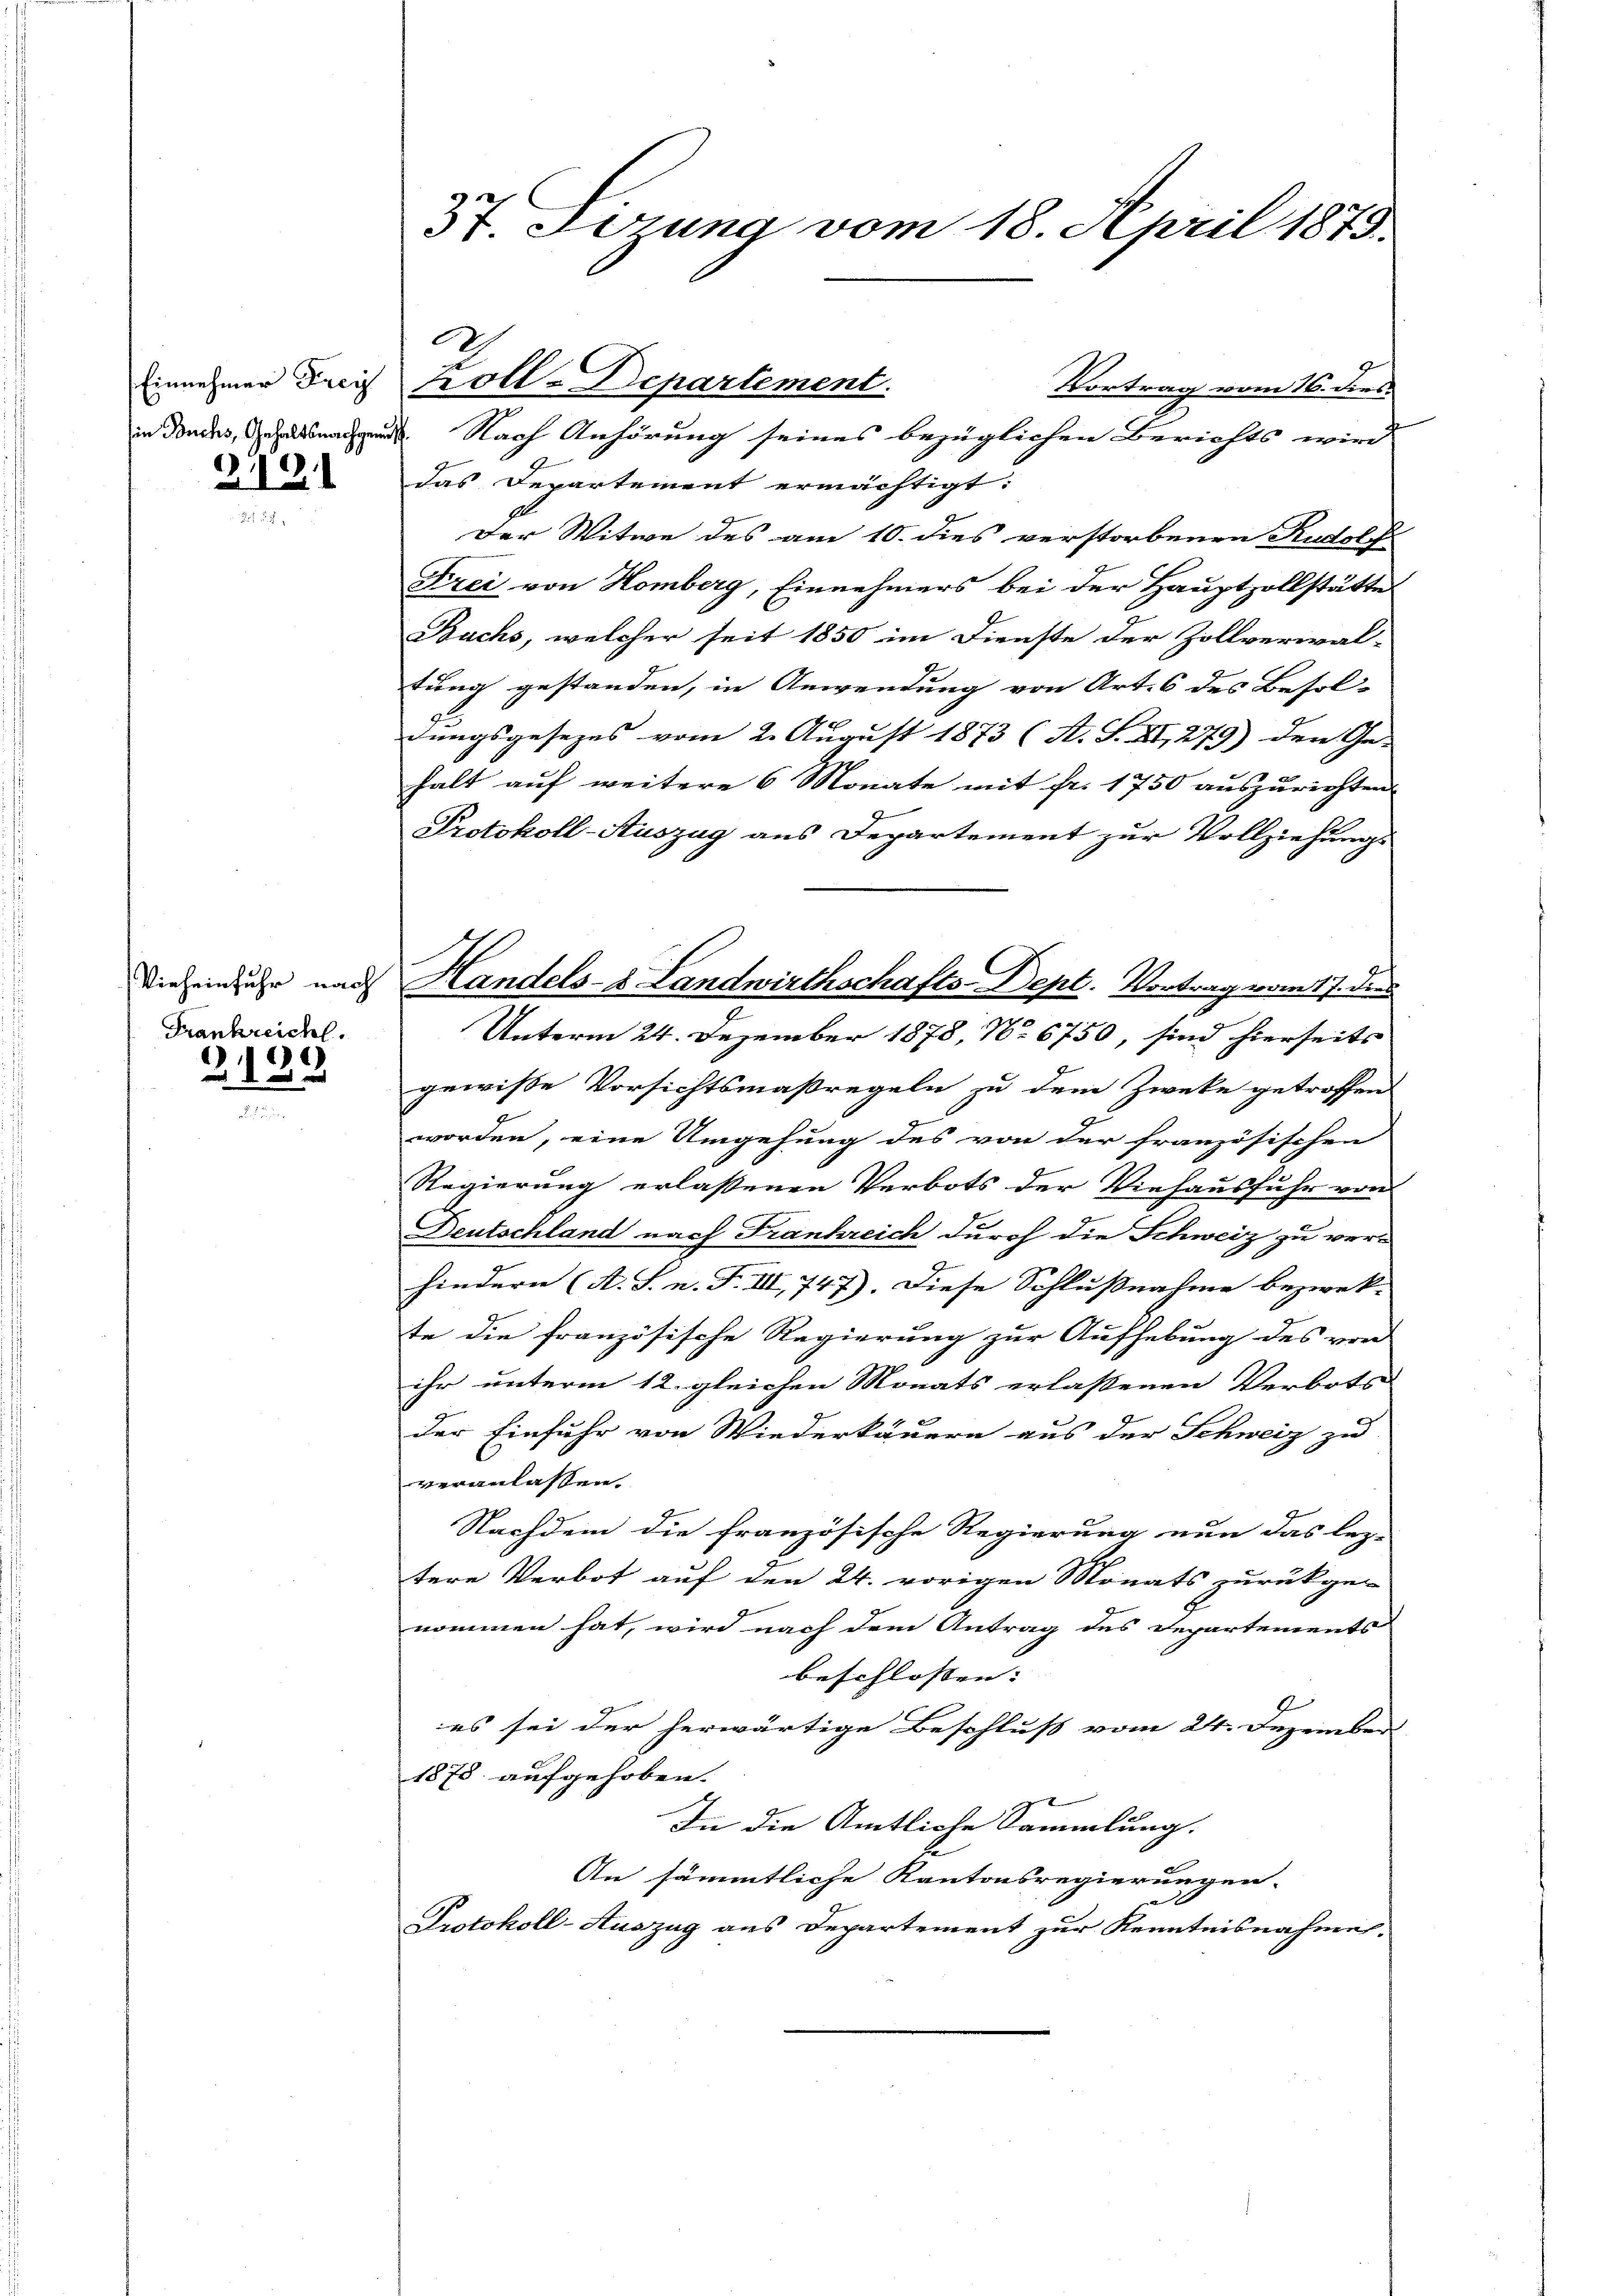
219.

Frankreichl.

2189

Vortrag vom 16. dies
in den Nach Anhörung seines bezüglichen Berichts wird
das Departement ermächtigt:
Der Witwe des am 10. dies verstorbenen Rudolf
Frei von Homberg, Einnehmers bei der Hauptzollstätte
Buchs, welcher seit 1850 im Dienste der Zollverwal-
tung gestanden, in Anwendung von Art. 6 des Besol-
dungsgesezes vom 2. August 1873 (A. S. XI, 279) den Ge-
halt auf weitere 6 Monate mit fr. 1750 auszurichten
Protokoll-Auszug aus Departement zur Vollziehungs
Unterm 24. Dezember 1878, No 6750, sind hierseits
gewisse Vorsichtsmaßregeln zu dem Zwecke getroffen
worden, eine Umgehung des von der französischen
Regierung erlassenen Verbots der Viehausfuhr von
Beutschland nach Frankreich durch die Schweiz zu verhindern (A. S. n. F. III 747). Diese Schlußnahme bezweck-
te die französische Regierung zur Aufhebung des von
ihr unterm 12. gleichen Monats erlassenen Verbots
der Einfuhr von Wiederkäuern aus der Schweiz zu
veranlassen.
Nachdem die französische Regierung nun das lag-
tere Verbot auf den 24. vorigen Monats zurückge-
nommen hat, wird nach dem Antrag des Departements
beschlossen: |
es sei der herwärtige Beschluß vom 24. Dezember
1878 aufgehoben.
In die Amtliche Sammlung.
An sämmtliche Kantonsregierungen.
Protokoll-Auszug aus Departement zur Kenntnisnahme.

37. Ferung vom 18. April 1879.

h
Einnehmer Frei Koll-Departement.

Die sein uhr nach Handels- & Landwirthschafts-Dept. Vortrag vom 17. dies